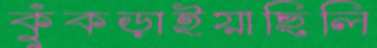
কুঁকড়াইয়াছিলি